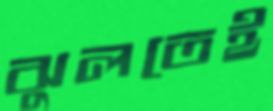
ঝুলতেই